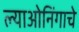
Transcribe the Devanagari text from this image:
ल्याओनिंगाचे